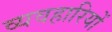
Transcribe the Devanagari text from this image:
व्यवहारियों